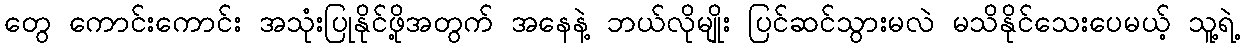
တွေ ကောင်းကောင်း အသုံးပြုနိုင်ဖို့အတွက် အနေနဲ့ ဘယ်လိုမျိုး ပြင်ဆင်သွားမလဲ မသိနိုင်သေးပေမယ့် သူ့ရဲ့